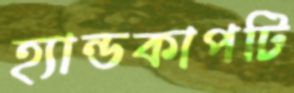
হ্যান্ডকাপটি